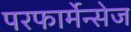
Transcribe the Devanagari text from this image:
परफार्मेन्सेज